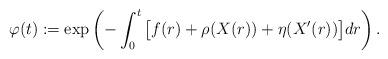
LaTeX: \begin{align*}\varphi(t):=\exp\left(-\int_0^t \big[f(r)+\rho(X(r))+\eta(X^{\prime}(r))\big]dr \right).\end{align*}